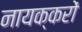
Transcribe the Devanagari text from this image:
नायक्करों